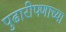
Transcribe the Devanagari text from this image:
पुढारीपणाच्या